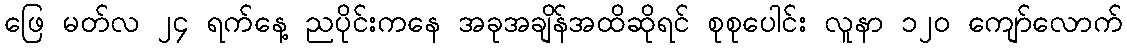
ဖြေ မတ်လ ၂၄ ရက်နေ့ ညပိုင်းကနေ အခုအချိန်အထိဆိုရင် စုစုပေါင်း လူနာ ၁၂၀ ကျော်လောက်